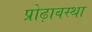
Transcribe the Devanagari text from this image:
प्रोढ़ावस्था